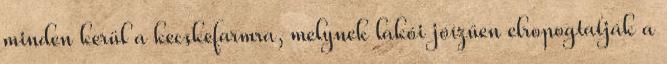
minden kerül a kecskefarmra, melynek lakói jóízűen elropogtatják a